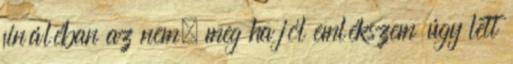
fináléban az nem, meg ha jól emlékszem úgy lett